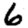
Digit: 6